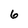
Character: 6